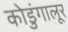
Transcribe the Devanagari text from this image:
कोडुंगालूर